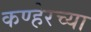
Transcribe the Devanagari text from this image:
कण्हेरच्या